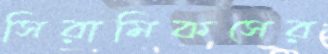
সিরামিকসের